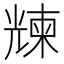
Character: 𠒵